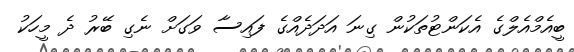
ބީއެމްއެލްގެ އެކަންޓުތަކުން ގިނަ އަދަދެއްގެ ފައިސާ ވަގަށް ނެގި ބޭރު ދެ މީހަކު